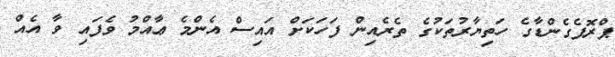
ޕްރޮޕެގެންޑާގެ ހަތިޔާރުތަކުގެ ތެރެއިން ފަހަކަށް އައިސް އެންމެ ޢާއްމު ވެފައި ވާ އެއް